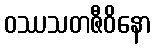
ဝဿသတဇီဝိနော